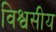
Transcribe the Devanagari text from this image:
विश्वसीय